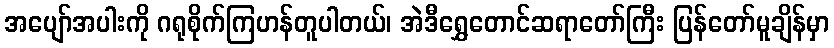
အပျော်အပါးကို ဂရုစိုက်ကြဟန်တူပါတယ်၊ အဲဒီရွှေတောင်ဆရာတော်ကြီး ပြန်တော်မူချိန်မှာ